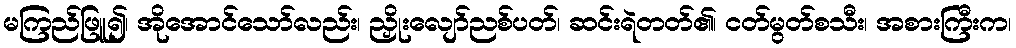
မကြည်ဖြူ၍၊ အိုအောင်သော်လည်း၊ ညှိုးလျော်ညစ်ပတ်၊ ဆင်းရဲတတ်၏၊ ငတ်မွတ်စသီး၊ အစားကြီးက၊